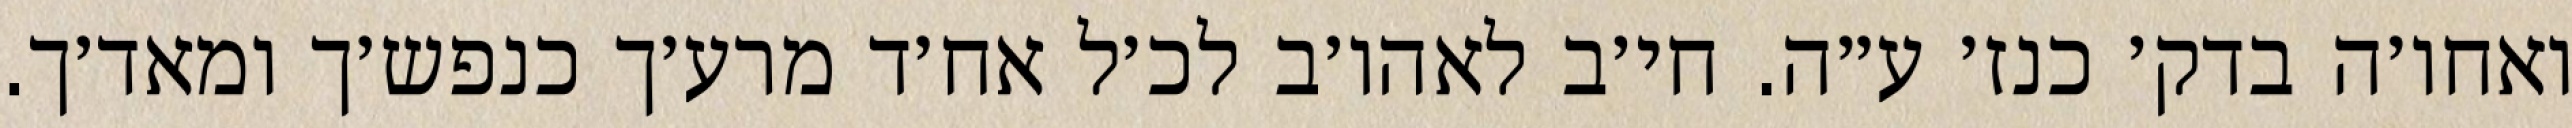
ואחו׳ה בדק׳ כנז׳ ע״ה. חי׳ב לאהו׳ב לכ׳ל אח׳ד מרע׳ך כנפש׳ך ומאד׳ך.